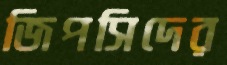
জিপসিদের